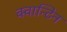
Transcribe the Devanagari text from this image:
क्वान्टिन